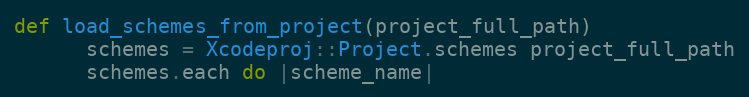
Language: Ruby
def load_schemes_from_project(project_full_path)
      schemes = Xcodeproj::Project.schemes project_full_path
      schemes.each do |scheme_name|